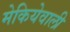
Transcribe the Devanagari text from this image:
मेकियेवाली